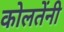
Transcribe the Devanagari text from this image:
कोलतेंनी